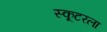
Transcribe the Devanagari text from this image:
स्कूटरला